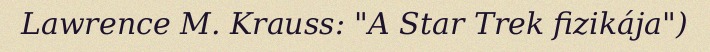
Lawrence M. Krauss: "A Star Trek fizikája")